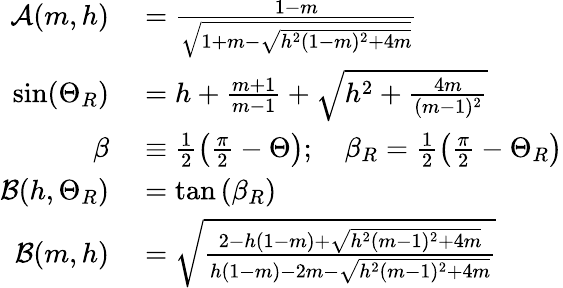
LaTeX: \begin{array}{rl}{\mathcal{A}(m,h)}&{{}=\frac{1-m}{\sqrt{1+m-\sqrt{h^{2}(1-m)^{2}+4m}}}}\\ {\sin(\Theta_{R})}&{{}=h+\frac{m+1}{m-1}+\sqrt{h^{2}+\frac{4m}{(m-1)^{2}}}}\\ {\beta}&{{}\equiv\frac{1}{2}\left(\frac{\pi}{2}-\Theta\right);\quad\beta_{R}=\frac{1}{2}\left(\frac{\pi}{2}-\Theta_{R}\right)}\\ {\mathcal{B}(h,\Theta_{R})}&{{}=\tan\left(\beta_{R}\right)}\\ {\mathcal{B}(m,h)}&{{}=\sqrt{\frac{2-h(1-m)+\sqrt{h^{2}(m-1)^{2}+4m}}{h(1-m)-2m-\sqrt{h^{2}(m-1)^{2}+4m}}}}\end{array}